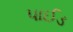
પાઈડ